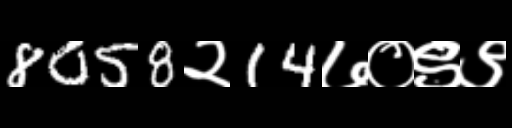
Text: 8058२14७०९९